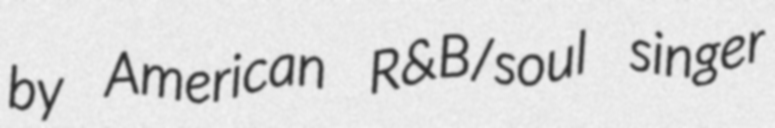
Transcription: by American R&B/soul singer